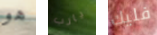
هو يارب فليك